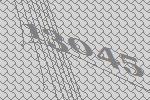
13045